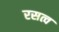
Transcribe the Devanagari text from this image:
रसत्व